Vaccine operations Central Provinces & Berar 1922-1929 - 1922-1929
Year: 1922
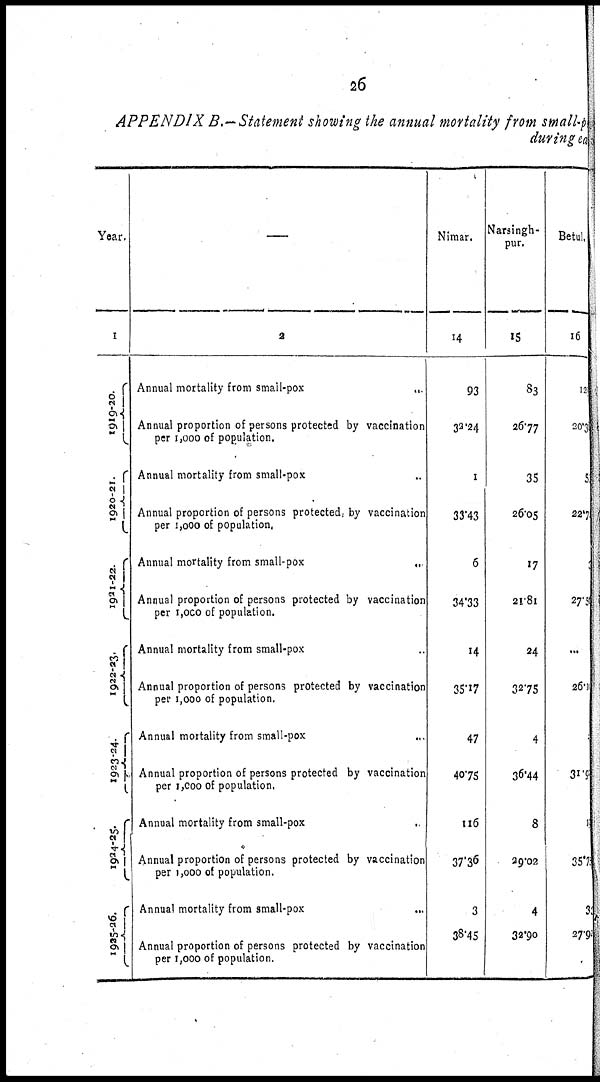
26
APPENDIX B.—Statement showing the annual mortality from small-pox
during each
Year.
1
1919-20.
1920-21.
1921-22.
1922-23.
1923-24.
1924-25.
1925-26.
2
Annual mortality from small-pox
...
Annual proportion of persons protected by vaccination
per 1,000 of population.
Annual mortality from small-pox ...
Annual proportion of persons protected, by vaccination
per 1,000 of population.
Annual mortality from small-pox
...
Annual proportion of persons protected by vaccination
per 1,000 of population.
Annual mortality from small-pox ...
Annual proportion of persons protected by vaccination
per 1,000 of population.
Annual mortality from small-pox ...
Annual proportion of persons protected by vaccination
per 1,000 of population.
Annual mortality from small-pox .
Annual proportion of persons protected by vaccination
per 1,000 of population.
Annual mortality from small-pox
...
Annual proportion of persons protected by vaccination
per 1,000 of population.
Nimar.
14
93
32.24
1
33.43
6
34.33
14
35.17
47
40.75
116
37.36
3
38.45
Narsingh¬
pur.
15
83
26.77
35
26.05
17
21.81
24
32.75
4
36.44
8
29.02
4
32.90
Betul.
16
120
20.33
5
22.7
1
27.54
...
26.1
31.9
1
35.75
31
27.91